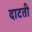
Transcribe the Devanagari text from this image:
दाटती